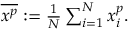
\begin{array} { r } { \overline { { x ^ { p } } } : = \frac { 1 } { N } \sum _ { i = 1 } ^ { N } x _ { i } ^ { p } . } \end{array}